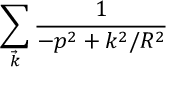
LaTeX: \sum _ { \vec { k } } \frac { 1 } { - p ^ { 2 } + k ^ { 2 } / R ^ { 2 } }